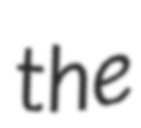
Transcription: the